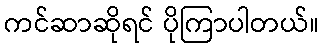
ကင်ဆာဆိုရင် ပိုကြာပါတယ်။